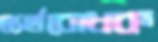
দ্ব্যর্থবোধক